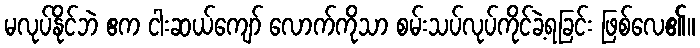
မလုပ်နိုင်ဘဲ ဧက ငါးဆယ်ကျော် လောက်ကိုသာ စမ်းသပ်လုပ်ကိုင်ခဲ့ရခြင်း ဖြစ်လေ၏။